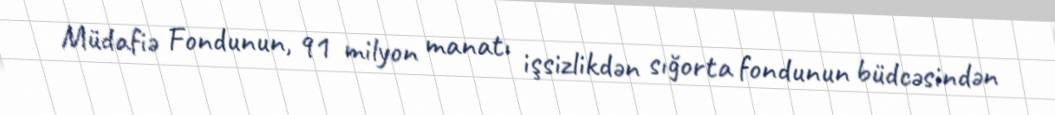
Müdafiə Fondunun, 91 milyon manatı işsizlikdən sığorta fondunun büdcəsindən